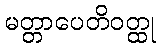
မတ္တာပေတိဝတ္ထု